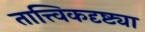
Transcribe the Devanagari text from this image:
तात्त्विकदृष्ट्या